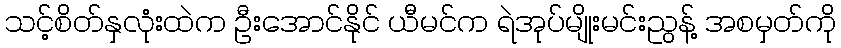
သင့်စိတ်နှလုံးထဲက ဦးအောင်နိုင် ယီမင်က ရဲအုပ်မျိုးမင်းညွန့် အစမှတ်ကို